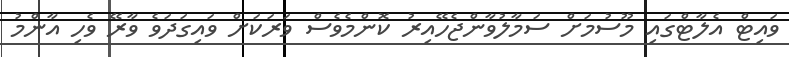
ވައިޓް އެލާޓްގައި މޫސުމަށް ސަމާލުވާންޖެހޭއިރު ކޮންމެވެސް ވަރަކަށް ވައިގަދަވެ ވާރޭ ވެހި އާންމު